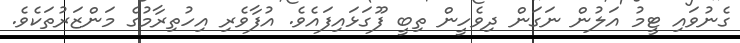
ގެނުވައި ޓީމު އަލުން ނަގަން ދިވެހީން ތިބީ ފޫގަޅައިފައެވެ. އުފާވެރި އިހުތިރާމުގެ މަންޒަރުތަކެވެ.